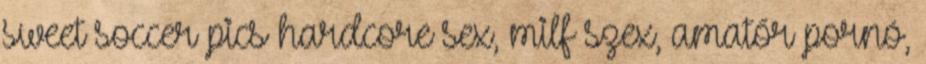
sweet soccer pics hardcore sex, milf szex, amatőr pornó,